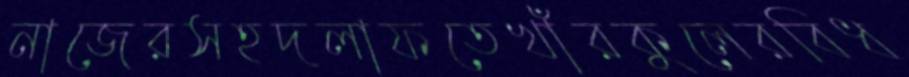
নাজেরসহদলাফতেখাঁরকুলেরবিধ